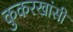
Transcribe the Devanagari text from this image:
कुकरखांसी